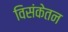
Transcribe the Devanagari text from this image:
विसंकेतन